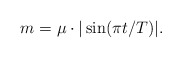
\begin{align*}m =\mu \cdot |\sin (\pi t/T)|. \end{align*}